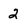
Character: 2